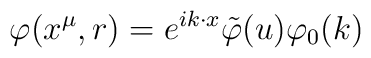
\varphi (x^{\mu },r)=e^{ik\cdot x}\tilde{\varphi }(u)\varphi _{0}(k)